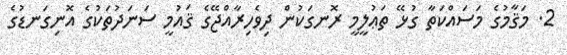
2. މަޤާމުގެ މަސައްކަތާ ގުޅޭ ތަޢުލީމީ ރޮނގަކުން ދިވެހިރާއްޖޭގެ ޤައުމީ ސަނަދުތަކުގެ އޮނިގަނޑުގެ